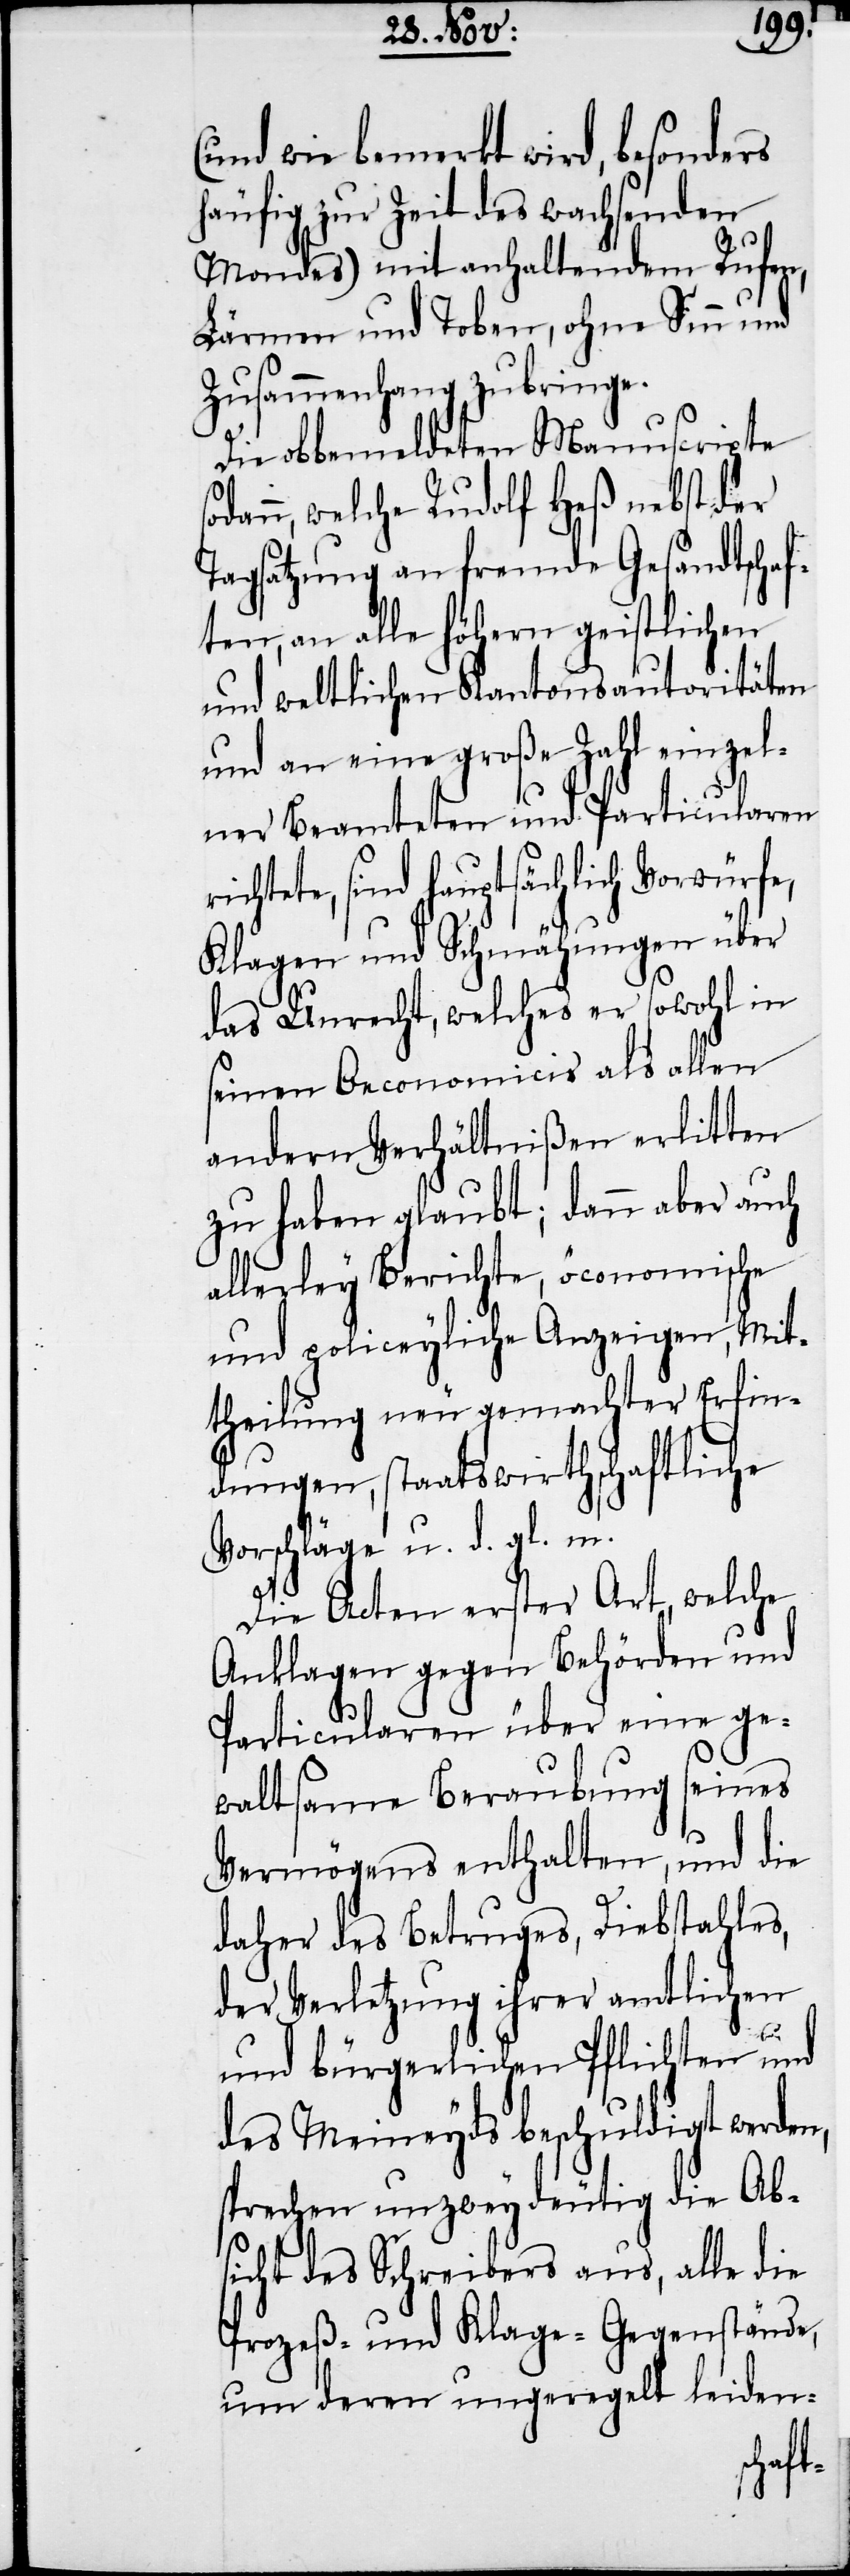
(und wie bemerkt wird, besonders
häufig zur Zeit des wachsenden
Mondes) mit anhaltendem Rufen,
Lärmen und Toben, ohne Sinn und
Zusammenhang zubringe.
Die obbemeldeten Manuscripte
dann, welche Rudolf Heß nebst der
Tagsatzung an fremde Gesandtschaf¬
ten, an alle höhern geistlichen
und weltlichen Kantonsautoritäten
und an eine große Zahl einzel¬
ner Beamteten und Particularen
richtete, sind hauptsächlich Vorwürfe,
Klagen und Schmähungen über
das Unrecht, welches er sowohl in
seinen Oeconomicis als allen
andern Verhältnißen erlitten
zu haben glaubt; dann aber auch
allerley Berichte, öconomische
und policeyliche Anzeigen, Mit¬
theilung neu gemachter Erfin¬
dungen, staatswirthschaftliche
Vorschläge u. d. gl. m.
Die Acten erster Art, welche
Anklagen gegen Behörden und
Particularen über eine ge¬
waltsame Beraubung seines
Vermögens enthalten, und die
daher des Betruges, Diebstahles,
der Verletzung ihrer amtlichen
so¬
und bürgerlichen Pflichten und
des Meineyds beschuldigt werden,
sprechen unzweydeutig die Ab¬
sicht des Schreibers aus, alle die
Prozeß- und Klage-Gegenstände,
um deren ungeregelt leiden-